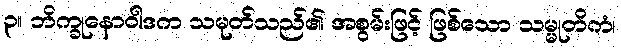
၃။ ဘိက္ခုနောဝါဒက သမုတ်သည်၏ အစွမ်းဖြင့် ဖြစ်သော သမ္မုတိကံ၊